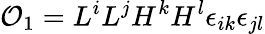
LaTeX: {\cal O}_{1}=L^{i}L^{j}H^{k}H^{l}\epsilon_{ik}\epsilon_{jl}